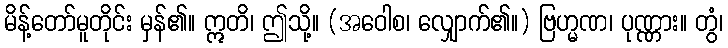
မိန့်တော်မူတိုင်း မှန်၏။ ဣတိ၊ ဤသို့။ (အဝေါစ၊ လျှောက်၏။) ဗြဟ္မဏ၊ ပုဏ္ဏား။ တွံ၊